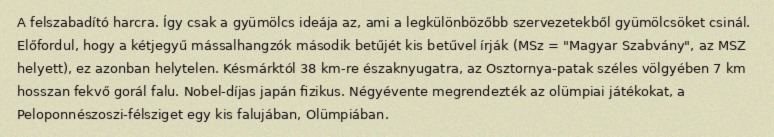
A felszabadító harcra. Így csak a gyümölcs ideája az, ami a legkülönbözőbb szervezetekből gyümölcsöket csinál. Előfordul, hogy a kétjegyű mássalhangzók második betűjét kis betűvel írják (MSz = "Magyar Szabvány", az MSZ helyett), ez azonban helytelen. Késmárktól 38 km-re északnyugatra, az Osztornya-patak széles völgyében 7 km hosszan fekvő gorál falu. Nobel-díjas japán fizikus. Négyévente megrendezték az olümpiai játékokat, a Peloponnészoszi-félsziget egy kis falujában, Olümpiában.